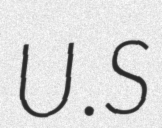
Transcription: U.S